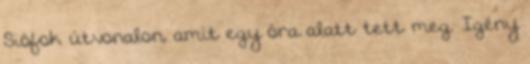
Siófok útvonalon, amit egy óra alatt tett meg. Igény